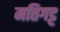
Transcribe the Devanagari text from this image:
मतिगट्ट